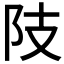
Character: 𨸠